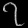
Digit: ၇